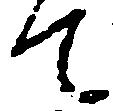
て